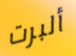
ألبرت